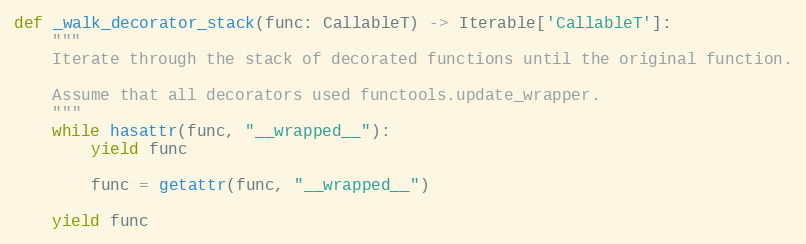
Language: Python
def _walk_decorator_stack(func: CallableT) -> Iterable['CallableT']:
    """
    Iterate through the stack of decorated functions until the original function.

    Assume that all decorators used functools.update_wrapper.
    """
    while hasattr(func, "__wrapped__"):
        yield func

        func = getattr(func, "__wrapped__")

    yield func